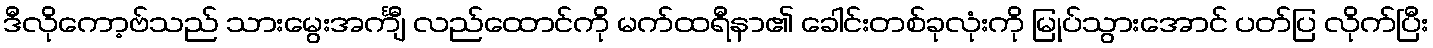
ဒီလိုကော့ဗ်သည် သားမွေးအင်္ကျီ လည်ထောင်ကို မက်ထရီနာ၏ ခေါင်းတစ်ခုလုံးကို မြုပ်သွားအောင် ပတ်ပြ လိုက်ပြီး